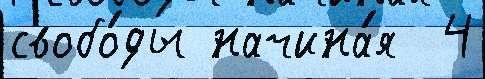
свобо́ды начина́я  4